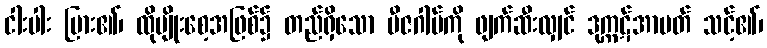
ငါးပါး ပြား၏၊ ထိုမျိုးစေ့အဖြစ်၌ တည်ရှိသော ဗီဇဂါမ်ကို ဖျက်ဆီးလျှင် ဒုက္ကဋ်အာပတ် သင့်၏၊